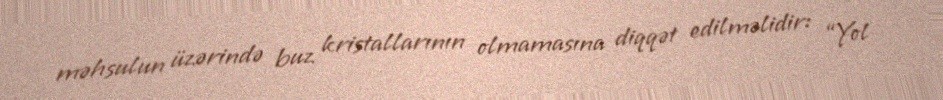
məhsulun üzərində buz kristallarının olmamasına diqqət edilməlidir: “Yol